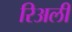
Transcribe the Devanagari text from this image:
रिअली